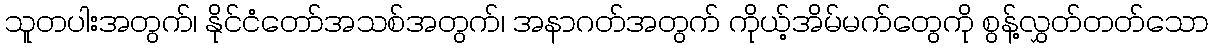
သူတပါးအတွက်၊ နိုင်ငံတော်အသစ်အတွက်၊ အနာဂတ်အတွက် ကိုယ့်အိမ်မက်တွေကို စွန့်လွှတ်တတ်သော